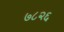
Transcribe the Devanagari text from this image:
७८२६